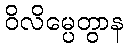
ဝိလိမ္ပေတွာန